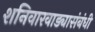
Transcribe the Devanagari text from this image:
शनिवारवाड्यासंबंधी